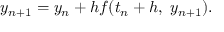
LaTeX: y _ { n + 1 } = y _ { n } + h f ( t _ { n } + h , \ y _ { n + 1 } ) .